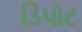
ડિપોટ